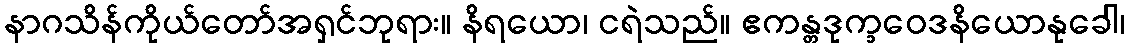
နာဂသိန်ကိုယ်တော်အရှင်ဘုရား။ နိရယော၊ ငရဲသည်။ ဧကန္တဒုက္ခဝေဒနိယောနုခေါ၊